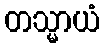
တသ္မာယံ